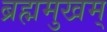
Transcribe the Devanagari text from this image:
ब्रह्ममुखम्